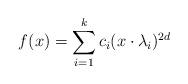
LaTeX: \begin{align*}f(x) = \sum_{i=1}^k c_i (x\cdot \lambda_i)^{2d}\end{align*}